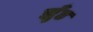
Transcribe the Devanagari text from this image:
झुँड